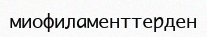
миофиламенттерден